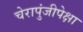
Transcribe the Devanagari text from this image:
चेरापुंजीपेक्षा